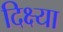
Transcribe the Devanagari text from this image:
दिक्ष्या